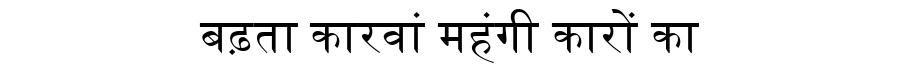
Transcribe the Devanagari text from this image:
बढ़ता कारवां महंगी कारों का